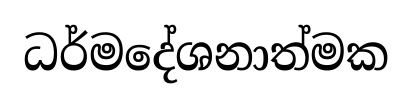
ධර්මදේශනාත්මක